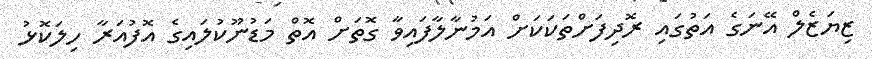
ޒިޔަޒެލް އޭނަގެ އަތުގައި ރޮދިފަށްތަކަކަށް އަމުނާލާފައިވާ ގޮތަށް އޮތް މަޑުނޫކުލައިގެ އޮފުއަރާ ހިލަކޮޅު